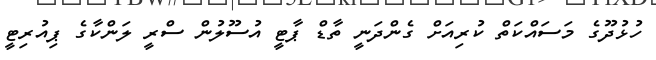
ހުޅުދޫގެ މަަަސައްކަތް ކުރިއަށް ގެންދަނީ ތާޑް ޕާޓީ އުސޫލުން ސްރީ ލަންކާގެ ޕިއުރިޓީ